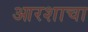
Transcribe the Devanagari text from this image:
आरशाचा